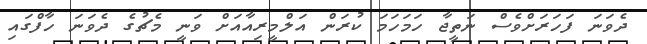
ދެވަނަ ފަހަރަށްވެސް ނަތީޖާ ހަމަހަމަ ކުރަން އަލްމީރިއާއަށް ވަނީ މެޗުގެ ދެވަނަ ހާފްގައި